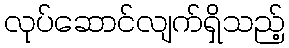
လုပ်ဆောင်လျက်ရှိသည့်